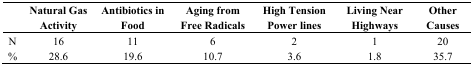
<table><thead><tr><td></td><td><b>Natural Gas Activity</b></td><td><b>Antibiotics in Food</b></td><td><b>Aging from Free Radicals</b></td><td><b>High Tension Power lines</b></td><td><b>Living Near Highways</b></td><td><b>Other Causes</b></td></tr></thead><tbody><tr><td>N</td><td>16</td><td>11</td><td>6</td><td>2</td><td>1</td><td>20</td></tr><tr><td>%</td><td>28.6</td><td>19.6</td><td>10.7</td><td>3.6</td><td>1.8</td><td>35.7</td></tr></tbody></table>